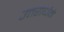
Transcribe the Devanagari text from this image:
उत्तरार्धमे